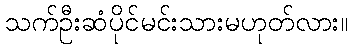
သက်ဦးဆံပိုင်မင်းသားမဟုတ်လား။